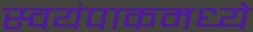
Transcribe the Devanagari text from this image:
स्वयंपाकमध्ये